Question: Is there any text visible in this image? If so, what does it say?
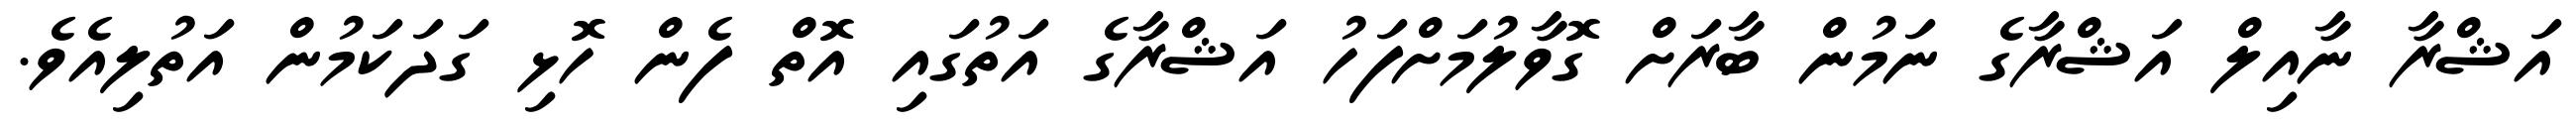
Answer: އަޝްރާ ނާއިލް އަޝްރާގެ ނަމުން ބާރަށް ގޮވާލުމަށްފަހު އަޝްރާގެ އަތުގައި އޮތް ފެން ހޮޅި ގަދަކަމުން އަތުލިއެވެ.